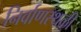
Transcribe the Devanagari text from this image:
निर्वाणस्थळी